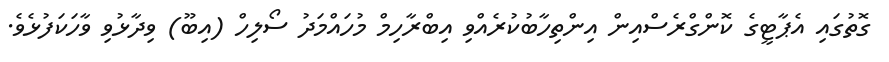
ގޮތުގައި އެޕާޓީގެ ކޮންގްރެސްއިން އިންތިހާބުކުރެއްވި އިބްރާހިމް މުހައްމަދު ސޯލިހް (އިބޫ) ވިދާޅުވި ވާހަކަފުޅެވެ.